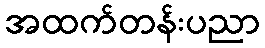
အထက်တန်းပညာ